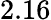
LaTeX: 2.16